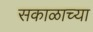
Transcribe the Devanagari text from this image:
सकाळाच्या